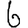
Digit: 6